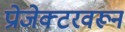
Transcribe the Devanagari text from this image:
प्रोजेक्टरवरून